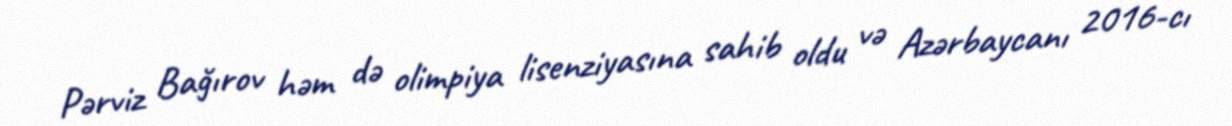
Pərviz Bağırov həm də olimpiya lisenziyasına sahib oldu və Azərbaycanı 2016-cı